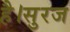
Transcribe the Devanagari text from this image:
है।सुरज